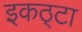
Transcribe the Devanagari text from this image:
इकठ्‌टा